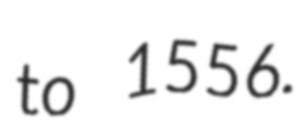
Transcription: to 1556.